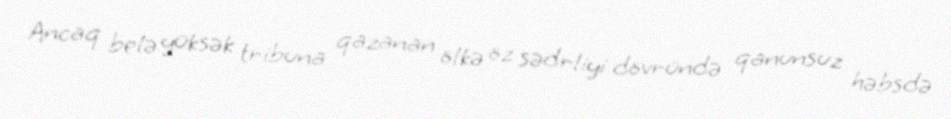
Ancaq belə yüksək tribuna qazanan ölkə öz sədrliyi dövründə qanunsuz həbsdə